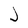
Character: J